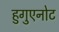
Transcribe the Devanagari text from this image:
हुगुएनोट